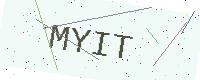
Text: MYIT